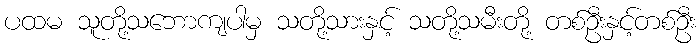
ပထမ သူတို့သဘောကျပါမှ သတို့သားနှင့် သတို့သမီးတို့ တစ်ဦးနှင့်တစ်ဦး